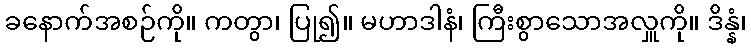
ခနောက်အစဉ်ကို။ ကတွာ၊ ပြု၍။ မဟာဒါနံ၊ ကြီးစွာသောအလှူကို။ ဒိန္နံ၊